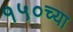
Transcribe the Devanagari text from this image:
१५०च्या